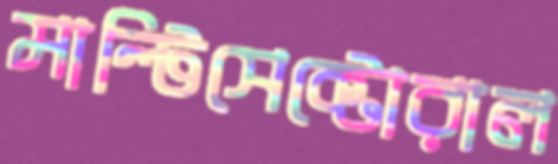
মাল্টিসেক্টোরাল